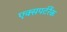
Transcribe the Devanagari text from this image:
एक्सपर्टरैंक